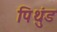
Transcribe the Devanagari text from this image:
पिथुंड